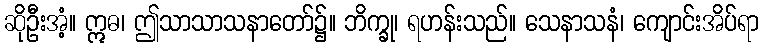
ဆိုဦးအံ့။ ဣဓ၊ ဤသာသာသနာတော်၌။ ဘိက္ခု၊ ရဟန်းသည်။ သေနာသနံ၊ ကျောင်းအိပ်ရာ